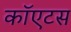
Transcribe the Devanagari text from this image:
कॉएटस